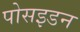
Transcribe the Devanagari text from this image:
पोसइडन